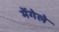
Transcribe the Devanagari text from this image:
मेंगेले